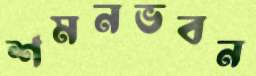
শমনভবন